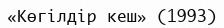
«Көгілдір кеш» (1993)